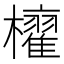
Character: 𣟐